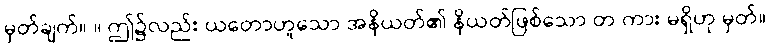
မှတ်ချက်။ ။ ဤ၌လည်း ယတောဟူသော အနိယတ်၏ နိယတ်ဖြစ်သော တ ကား မရှိဟု မှတ်။